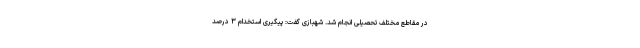
در مقاطع مختلف تحصیلی انجام شد. شهبازی گفت: پیگیری استخدام ۳ درصد